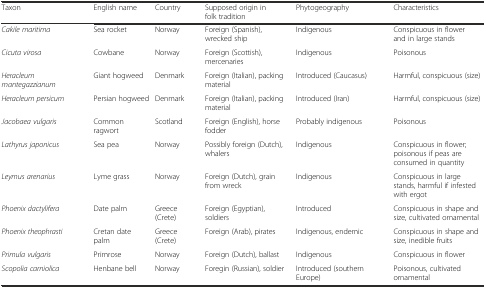
<table><thead><tr><td><b>Taxon</b></td><td><b>English name</b></td><td><b>Country</b></td><td><b>Supposed origin in folk tradition</b></td><td><b>Phytogeography</b></td><td><b>Characteristics</b></td></tr></thead><tbody><tr><td><i>Cakile maritima</i></td><td>Sea rocket</td><td>Norway</td><td>Foreign (Spanish), wrecked ship</td><td>Indigenous</td><td>Conspicuous in flower and in large stands</td></tr><tr><td><i>Cicuta virosa</i></td><td>Cowbane</td><td>Norway</td><td>Foreign (Scottish), mercenaries</td><td>Indigenous</td><td>Poisonous</td></tr><tr><td><i>Heracleum mantegazzianum</i></td><td>Giant hogweed</td><td>Denmark</td><td>Foreign (Italian), packing material</td><td>Introduced (Caucasus)</td><td>Harmful, conspicuous (size)</td></tr><tr><td><i>Heracleum persicum</i></td><td>Persian hogweed</td><td>Denmark</td><td>Foreign (Italian), packing material</td><td>Introduced (Iran)</td><td>Harmful, conspicuous (size)</td></tr><tr><td><i>Jacobaea vulgaris</i></td><td>Common ragwort</td><td>Scotland</td><td>Foreign (English), horse fodder</td><td>Probably indigenous</td><td>Poisonous</td></tr><tr><td><i>Lathyrus japonicus</i></td><td>Sea pea</td><td>Norway</td><td>Possibly foreign (Dutch), whalers</td><td>Indigenous</td><td>Conspicuous in flower; poisonous if peas are consumed in quantity</td></tr><tr><td><i>Leymus arenarius</i></td><td>Lyme grass</td><td>Norway</td><td>Foreign (Dutch), grain from wreck</td><td>Indigenous</td><td>Conspicuous in large stands, harmful if infested with ergot</td></tr><tr><td><i>Phoenix dactylifera</i></td><td>Date palm</td><td>Greece (Crete)</td><td>Foreign (Egyptian), soldiers</td><td>Introduced</td><td>Conspicuous in shape and size, cultivated ornamental</td></tr><tr><td><i>Phoenix theophrasti</i></td><td>Cretan date palm</td><td>Greece (Crete)</td><td>Foreign (Arab), pirates</td><td>Indigenous, endemic</td><td>Conspicuous in shape and size, inedible fruits</td></tr><tr><td><i>Primula vulgaris</i></td><td>Primrose</td><td>Norway</td><td>Foreign (Dutch), ballast</td><td>Indigenous</td><td>Conspicuous in flower</td></tr><tr><td><i>Scopolia carniolica</i></td><td>Henbane bell</td><td>Norway</td><td>Foregin (Russian), soldier</td><td>Introduced (southern Europe)</td><td>Poisonous, cultivated ornamental</td></tr></tbody></table>